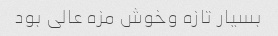
بسیار تازه وخوش مزه عالی بود